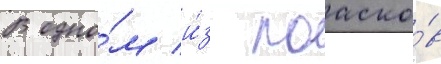
В одно́м и́з поаско́в